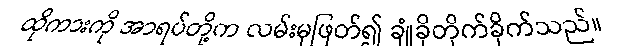
ထိုကားကို အာရပ်တို့က လမ်းမှဖြတ်၍ ချုံခိုတိုက်ခိုက်သည်။